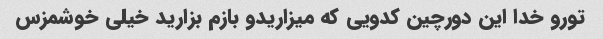
تورو خدا این دورچین کدویی که میزاریدو بازم بزارید خیلی خوشمزس